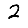
Digit: 2